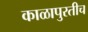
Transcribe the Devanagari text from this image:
काळापुरतीच